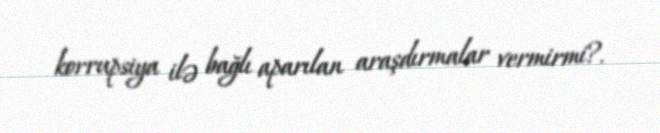
korrupsiya ilə bağlı aparılan araşdırmalar vermirmi?.